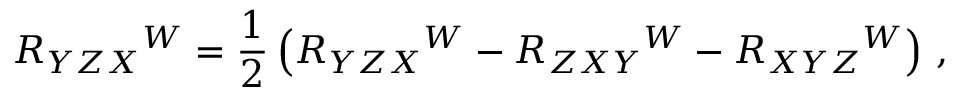
R _ { Y Z X } { } ^ { W } = \frac 1 2 \left( R _ { Y Z X } { } ^ { W } - R _ { Z X Y } { } ^ { W } - R _ { X Y Z } { } ^ { W } \right) \, ,